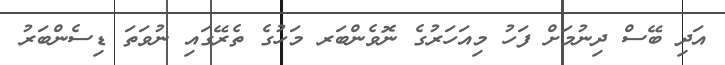
އަދި ބޭސް ދިނުމަށް ފަހު މިއަހަރުގެ ނޮވެންބަރ މަހުގެ ތެރޭގައި ނުވަތަ ޑިސެންބަރު